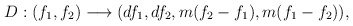
\begin{align*}D:(f_1,f_2) \longrightarrow (df_1, df_2, m(f_2-f_1), m(f_1-f_2)),\end{align*}